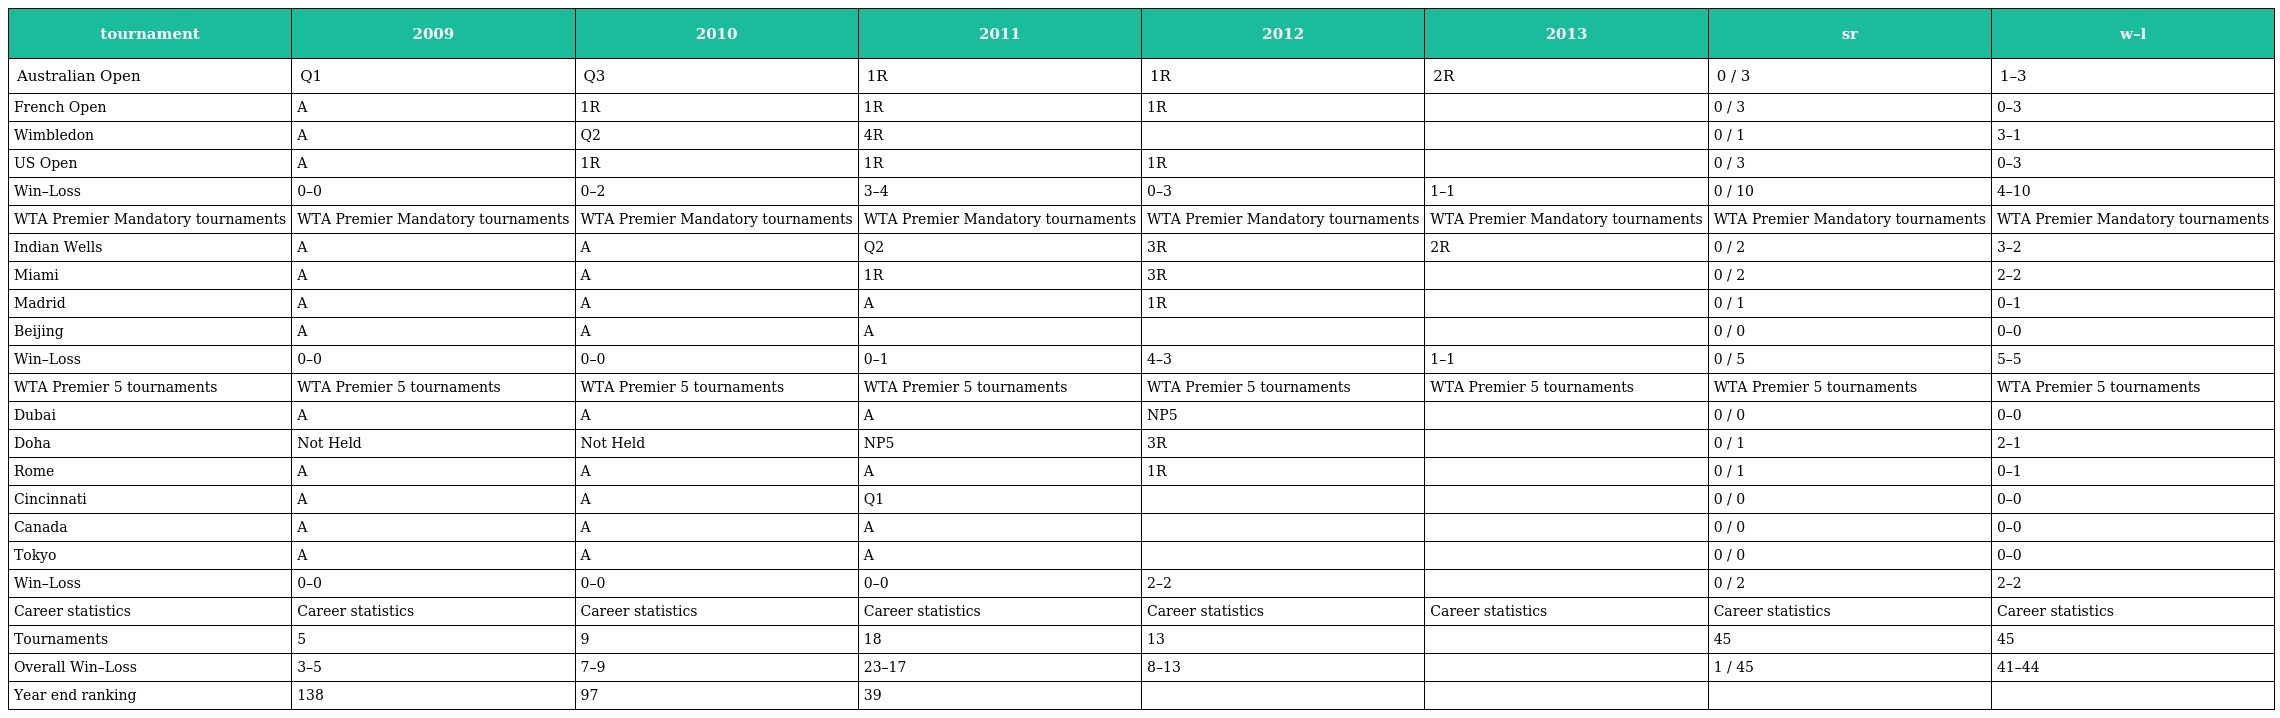
| tournament | 2009 | 2010 | 2011 | 2012 | 2013 | sr | w–l |
 | --- | --- | --- | --- | --- | --- | --- | --- |
 | Australian Open | Q1 | Q3 | 1R | 1R | 2R | 0 / 3 | 1–3 |
 | French Open | A | 1R | 1R | 1R |  | 0 / 3 | 0–3 |
 | Wimbledon | A | Q2 | 4R |  |  | 0 / 1 | 3–1 |
 | US Open | A | 1R | 1R | 1R |  | 0 / 3 | 0–3 |
 | Win–Loss | 0–0 | 0–2 | 3–4 | 0–3 | 1–1 | 0 / 10 | 4–10 |
 | WTA Premier Mandatory tournaments | WTA Premier Mandatory tournaments | WTA Premier Mandatory tournaments | WTA Premier Mandatory tournaments | WTA Premier Mandatory tournaments | WTA Premier Mandatory tournaments | WTA Premier Mandatory tournaments | WTA Premier Mandatory tournaments |
 | Indian Wells | A | A | Q2 | 3R | 2R | 0 / 2 | 3–2 |
 | Miami | A | A | 1R | 3R |  | 0 / 2 | 2–2 |
 | Madrid | A | A | A | 1R |  | 0 / 1 | 0–1 |
 | Beijing | A | A | A |  |  | 0 / 0 | 0–0 |
 | Win–Loss | 0–0 | 0–0 | 0–1 | 4–3 | 1–1 | 0 / 5 | 5–5 |
 | WTA Premier 5 tournaments | WTA Premier 5 tournaments | WTA Premier 5 tournaments | WTA Premier 5 tournaments | WTA Premier 5 tournaments | WTA Premier 5 tournaments | WTA Premier 5 tournaments | WTA Premier 5 tournaments |
 | Dubai | A | A | A | NP5 |  | 0 / 0 | 0–0 |
 | Doha | Not Held | Not Held | NP5 | 3R |  | 0 / 1 | 2–1 |
 | Rome | A | A | A | 1R |  | 0 / 1 | 0–1 |
 | Cincinnati | A | A | Q1 |  |  | 0 / 0 | 0–0 |
 | Canada | A | A | A |  |  | 0 / 0 | 0–0 |
 | Tokyo | A | A | A |  |  | 0 / 0 | 0–0 |
 | Win–Loss | 0–0 | 0–0 | 0–0 | 2–2 |  | 0 / 2 | 2–2 |
 | Career statistics | Career statistics | Career statistics | Career statistics | Career statistics | Career statistics | Career statistics | Career statistics |
 | Tournaments | 5 | 9 | 18 | 13 |  | 45 | 45 |
 | Overall Win–Loss | 3–5 | 7–9 | 23–17 | 8–13 |  | 1 / 45 | 41–44 |
 | Year end ranking | 138 | 97 | 39 |  |  |  |  |